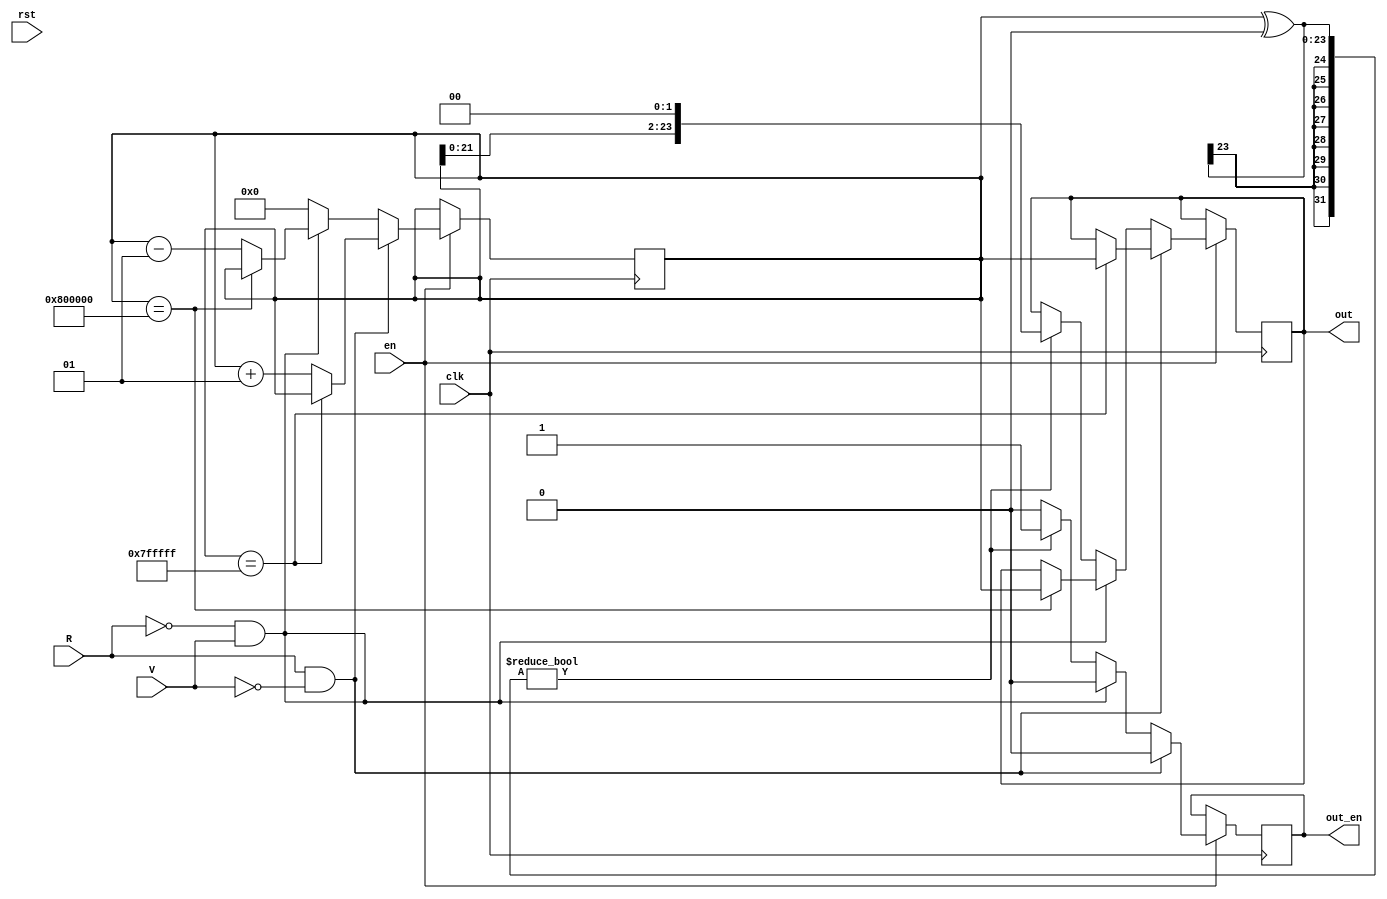
module FreqErr
#(parameter WIDTH = 24,
  parameter STEP = 1,
  parameter GAIN_W = 2
    )
( input clk,
  input en, 
  input rst,
  input R, 
  input V, 
  output reg out_en,
  output reg [WIDTH - 1 : 0] out
);
  initial out = 0;
  initial out_en = 0;
  reg signed[WIDTH - 1:0]err_cnt;initial err_cnt = 0;
  localparam Superior = 1 * (2.0 ** (WIDTH - 1)-1);
  localparam Inferior = 1 * (-(2.0 ** (WIDTH - 1)));
  always@(posedge clk)begin
    if(rst)err_cnt <= 0;
    if(en)begin
      if(R & ~V)begin
        if(err_cnt == Superior)out <= err_cnt;
        else err_cnt <= err_cnt + STEP;
        out_en <= 0;
      end
      else if(~R & V)begin
        if(err_cnt == Inferior)out <= err_cnt;
        else err_cnt <= err_cnt - STEP;
        out_en <= 0;
      end
      else begin
        if(err_cnt ^ 0)begin
        out <= err_cnt <<< GAIN_W;
        out_en <= 1;
        end
        else out_en  <= 0;
        err_cnt = 0;
      end
    
    end
    else err_cnt <= err_cnt;
  end
endmodule